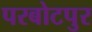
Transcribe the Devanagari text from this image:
परबोटपुर